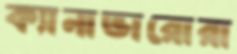
ক্যানাভারোরা